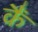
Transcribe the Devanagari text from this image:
कैं